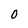
Character: 0